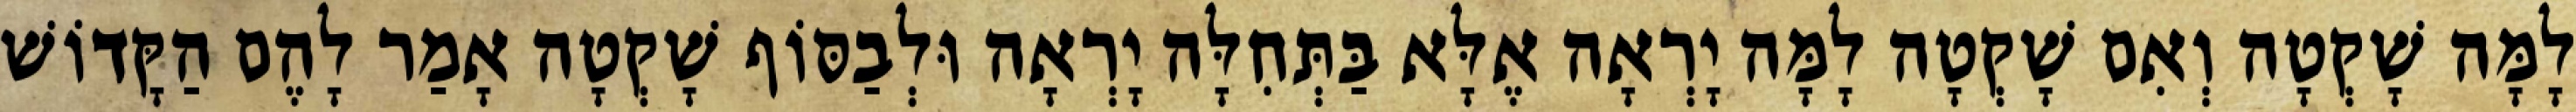
לָמָּה שָׁקְטָה וְאִם שָׁקְטָה לָמָּה יָרְאָה אֶלָּא בַּתְּחִלָּה יָרְאָה וּלְבַסּוֹף שָׁקְטָה אָמַר לָהֶם הַקָּדוֹשׁ